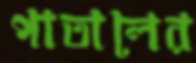
পাতালের